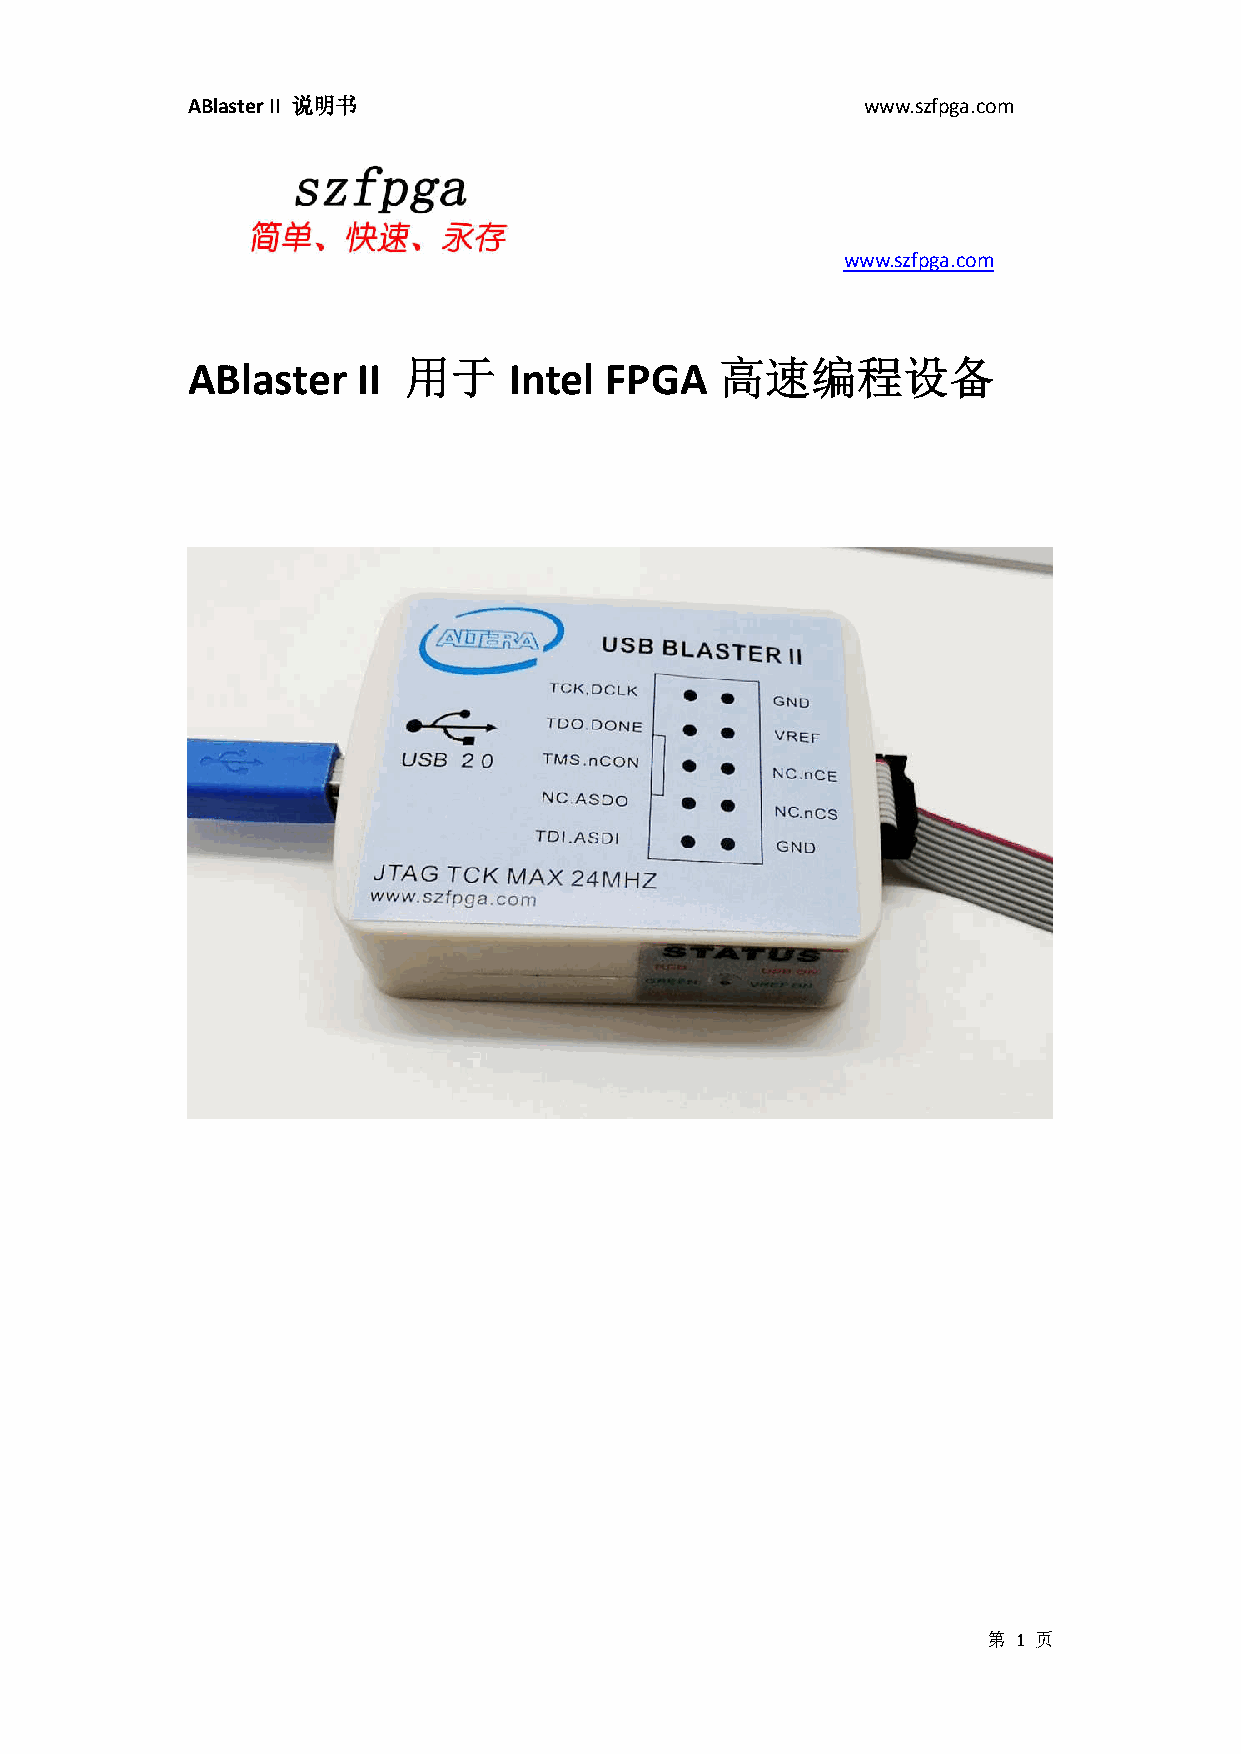
ABlaster II 说明书                              www.szfpga.com
 www.szfpga.com
 ABlaster    II 用于     Intel FPGA    高速编程设备
 第 1 页